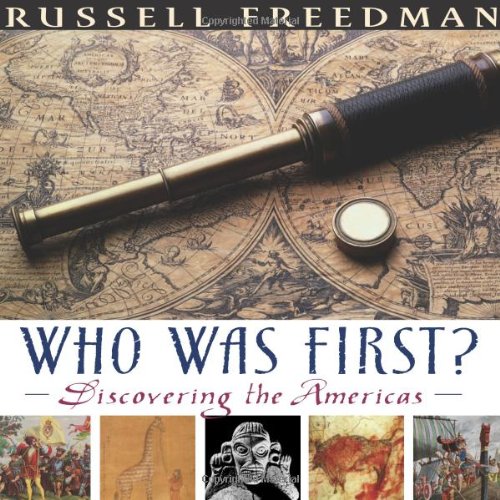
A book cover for Who Was First?: Discovering the Americas (Bank Street College of Education Flora Stieglitz Straus Award (Awards)); Russell Freedman; Children's Books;